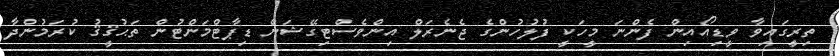
ތިރީގައިވާ ވީޑިއޯއިން ފެންނަ މީހަކީ ފުލުހުންގެ ޖެނެރަލް އިންވެސްޓިގޭޝަން ޑިޕާޓްމަންޓުން ތަޙުޤީޤު ކުރަމުންދާ